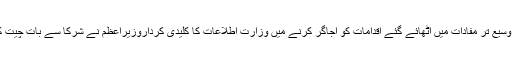
عمران خان نے کہا کہ عوام کو حکومت کی پالیسیوں سے آگاہ کرنے اور ملک و قوم کے وسیع تر مفادات میں اٹھائے گئے اقدامات کو اجاگر کرنے میں وزارت اطلاعات کا کلیدی کرداروزیراعظم نے شرکا سے بات چیت کرتے ہوئے کہا کہ موجودہ حکومت نے مشکل حالات میں حکومت کی باگ ڈور سنبھالی۔